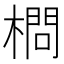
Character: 𣙎